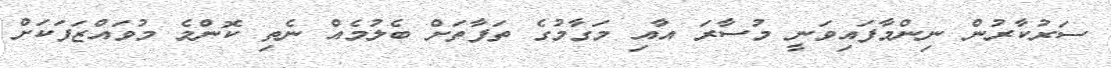
ސަރުކާރުން ނިންމާފައިވަނީ މުސާރަ އާއި މަގާމުގެ ތަފާތަށް ބެލުމެއް ނެތި ކޮންމެ މުވައްޒަފަކަށް